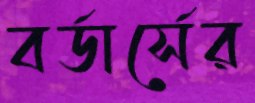
বর্ডার্সের